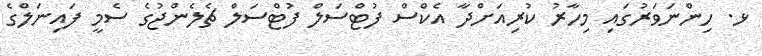
ޅ. ހިންނަވަރުގައި މިހާރު ކުރިއަށްދާ އެކްސް ފުޓްސަލް ފުޓްސަލް ޗެލެންޖުގެ ސެމީ ފައިނަލްގެ